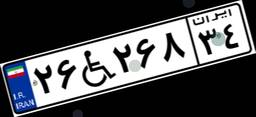
۲۶W۲۶۸۳۴